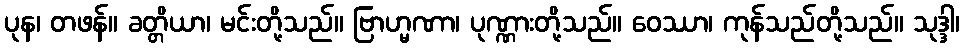
ပုန၊ တဖန်။ ခတ္တိယာ၊ မင်းတို့သည်။ ဗြာဟ္မဏာ၊ ပုဏ္ဏားတို့သည်။ ဝေဿာ၊ ကုန်သည်တို့သည်။ သုဒ္ဒါ၊